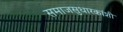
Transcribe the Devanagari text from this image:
समाजसुधारकांशी